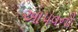
આપવની